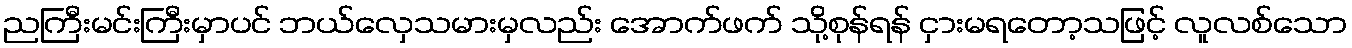
ညကြီးမင်းကြီးမှာပင် ဘယ်လှေသမားမှလည်း အောက်ဖက် သို့စုန်ရန် ငှားမရတော့သဖြင့် လူလစ်သော